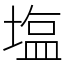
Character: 塩